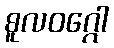
စူလဝဂ္ဂေါ